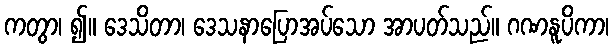
ကတွာ၊ ၍။ ဒေသိတာ၊ ဒေသနာပြောအပ်သော အာပတ်သည်။ ဂဏနူပိကာ၊